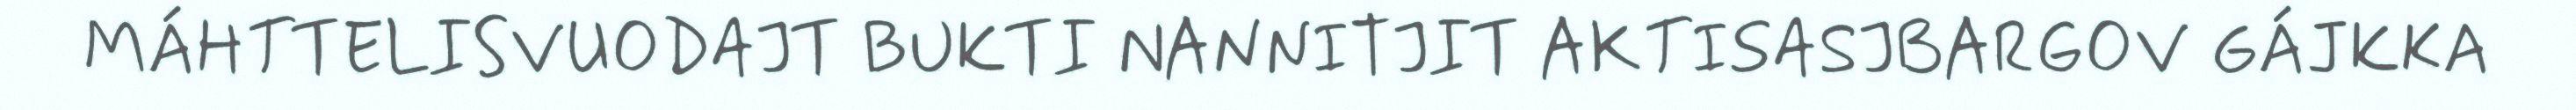
MÁHTTELISVUODAJT BUKTI NANNITJIT AKTISASJBARGOV GÁJKKA